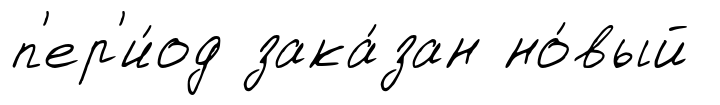
п'ер'и́од зака́зан но́вый